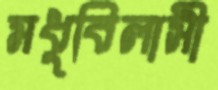
মধুবিলাসী